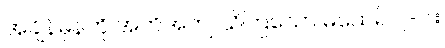
အချိန်မှန်ကို အတိအကျ သိကြသော မထေရ် ၂-ပါး